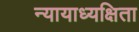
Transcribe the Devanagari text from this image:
न्यायाध्यक्षिता